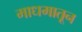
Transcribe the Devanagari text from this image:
माधमातून